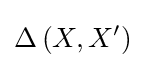
\Delta \left(X,X'\right)